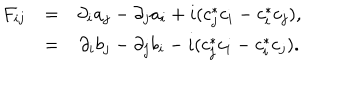
LaTeX: \begin{array} { c c c } { { F _ { i j } } } & { { = } } & { { \partial _ { i } a _ { j } - \partial _ { j } a _ { i } + i ( c _ { j } ^ { * } c _ { i } - c _ { i } ^ { * } c _ { j } ) , } } \\ { { } } & { { = } } & { { \partial _ { i } b _ { j } - \partial _ { j } b _ { i } - i ( c _ { j } ^ { * } c _ { i } - c _ { i } ^ { * } c _ { j } ) . } } \\ \end{array}